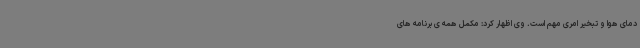
دمای هوا و تبخیر امری مهم است. وی اظهار کرد: مکمل همه ی برنامه های